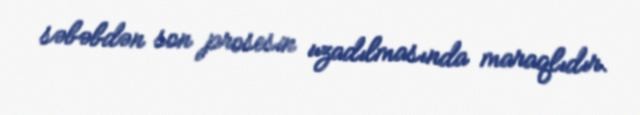
səbəbdən son prosesin uzadılmasında maraqlıdır.